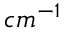
c m ^ { - 1 }